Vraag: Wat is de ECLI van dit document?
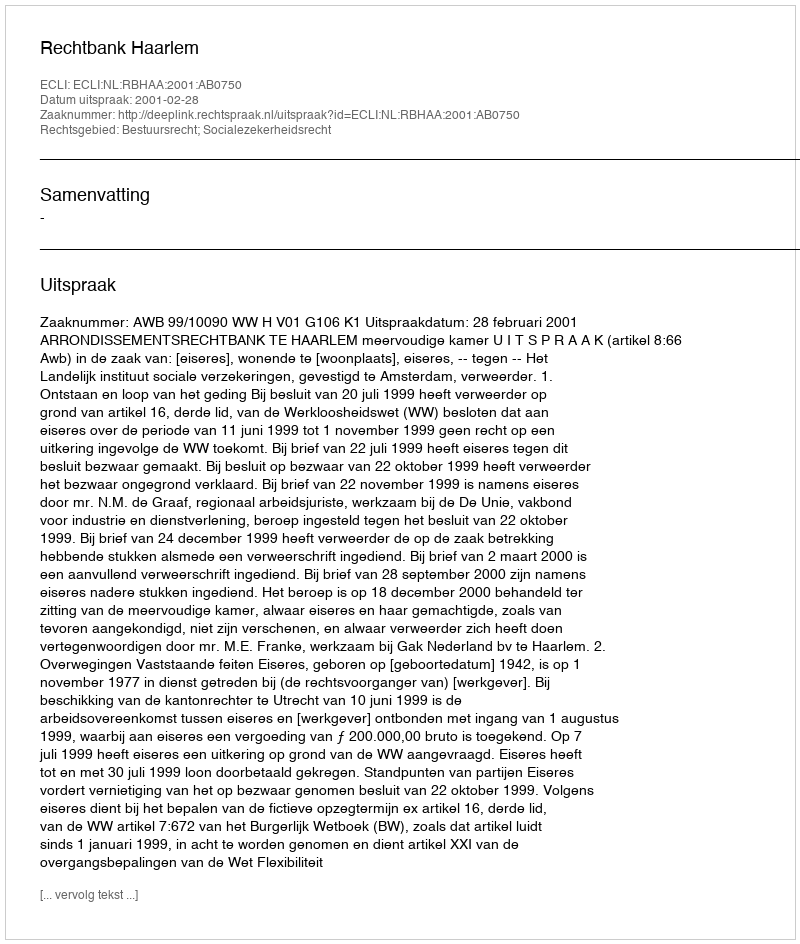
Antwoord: ECLI:NL:RBHAA:2001:AB0750